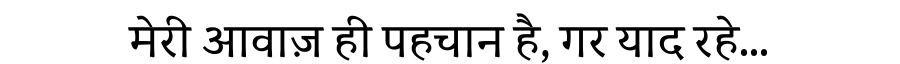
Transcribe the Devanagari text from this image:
मेरी आवाज़ ही पहचान है, गर याद रहे...